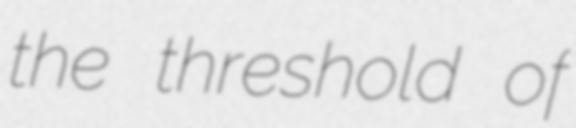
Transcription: the threshold of